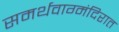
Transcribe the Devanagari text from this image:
समर्थवाग्मंदिरात